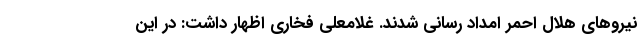
نیروهای هلال احمر امداد رسانی شدند. غلامعلی فخاری اظهار داشت: در این